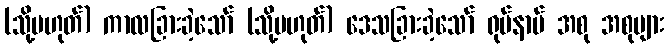
(သို့မဟုတ်) ကာလခြားခဲ့သော် (သို့မဟုတ်) ဒေသခြားခဲ့သော် ရုပ်နာမ် အစု အစုများ